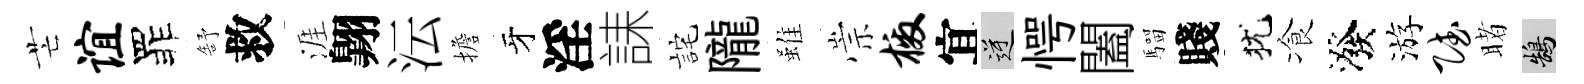
芒谊罪舒救涯翺沄擔牙淫誄詫隴雖崇檄宜逆愕闔騮賤犹飡潑游赋睹鵠